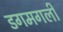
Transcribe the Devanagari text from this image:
डगमगली